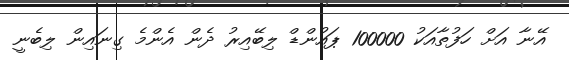
އޭނާ އަށް ހަފުތާއަކު 100000 ޕައުންޑް ލިބޭއިރު ދެން އެންމެ ގިނައިން ލިބެނީ